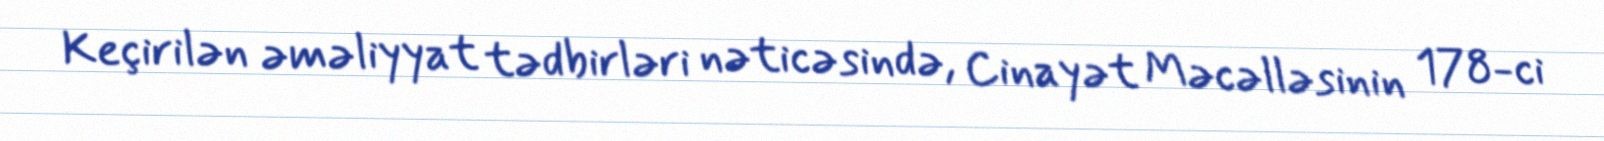
Keçirilən əməliyyat tədbirləri nəticəsində, Cinayət Məcəlləsinin 178-ci